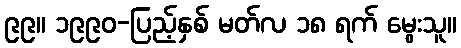
၉၉။ ၁၉၉၀-ပြည့်နှစ် မတ်လ ၁၈ ရက် မွေးသူ။